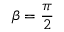
\beta = \frac { \pi } { 2 }